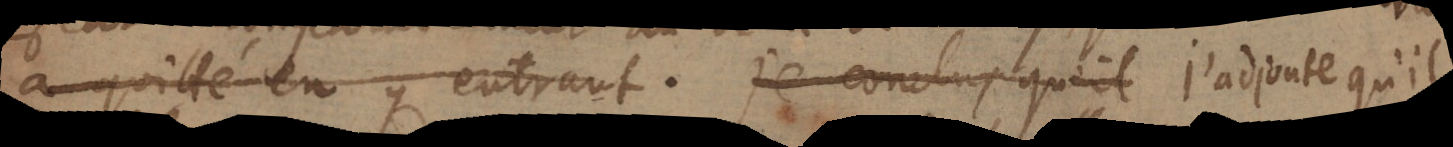
a quitté en y entrant. Je conclus qu’il J’adjoute qu’il